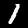
Digit: 1